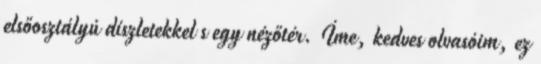
elsőosztályú díszletekkel s egy nézőtér. Íme, kedves olvasóim, ez